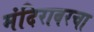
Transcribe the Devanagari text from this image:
मंदिरावरचा